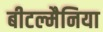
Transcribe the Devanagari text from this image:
बीटल्मैनिया